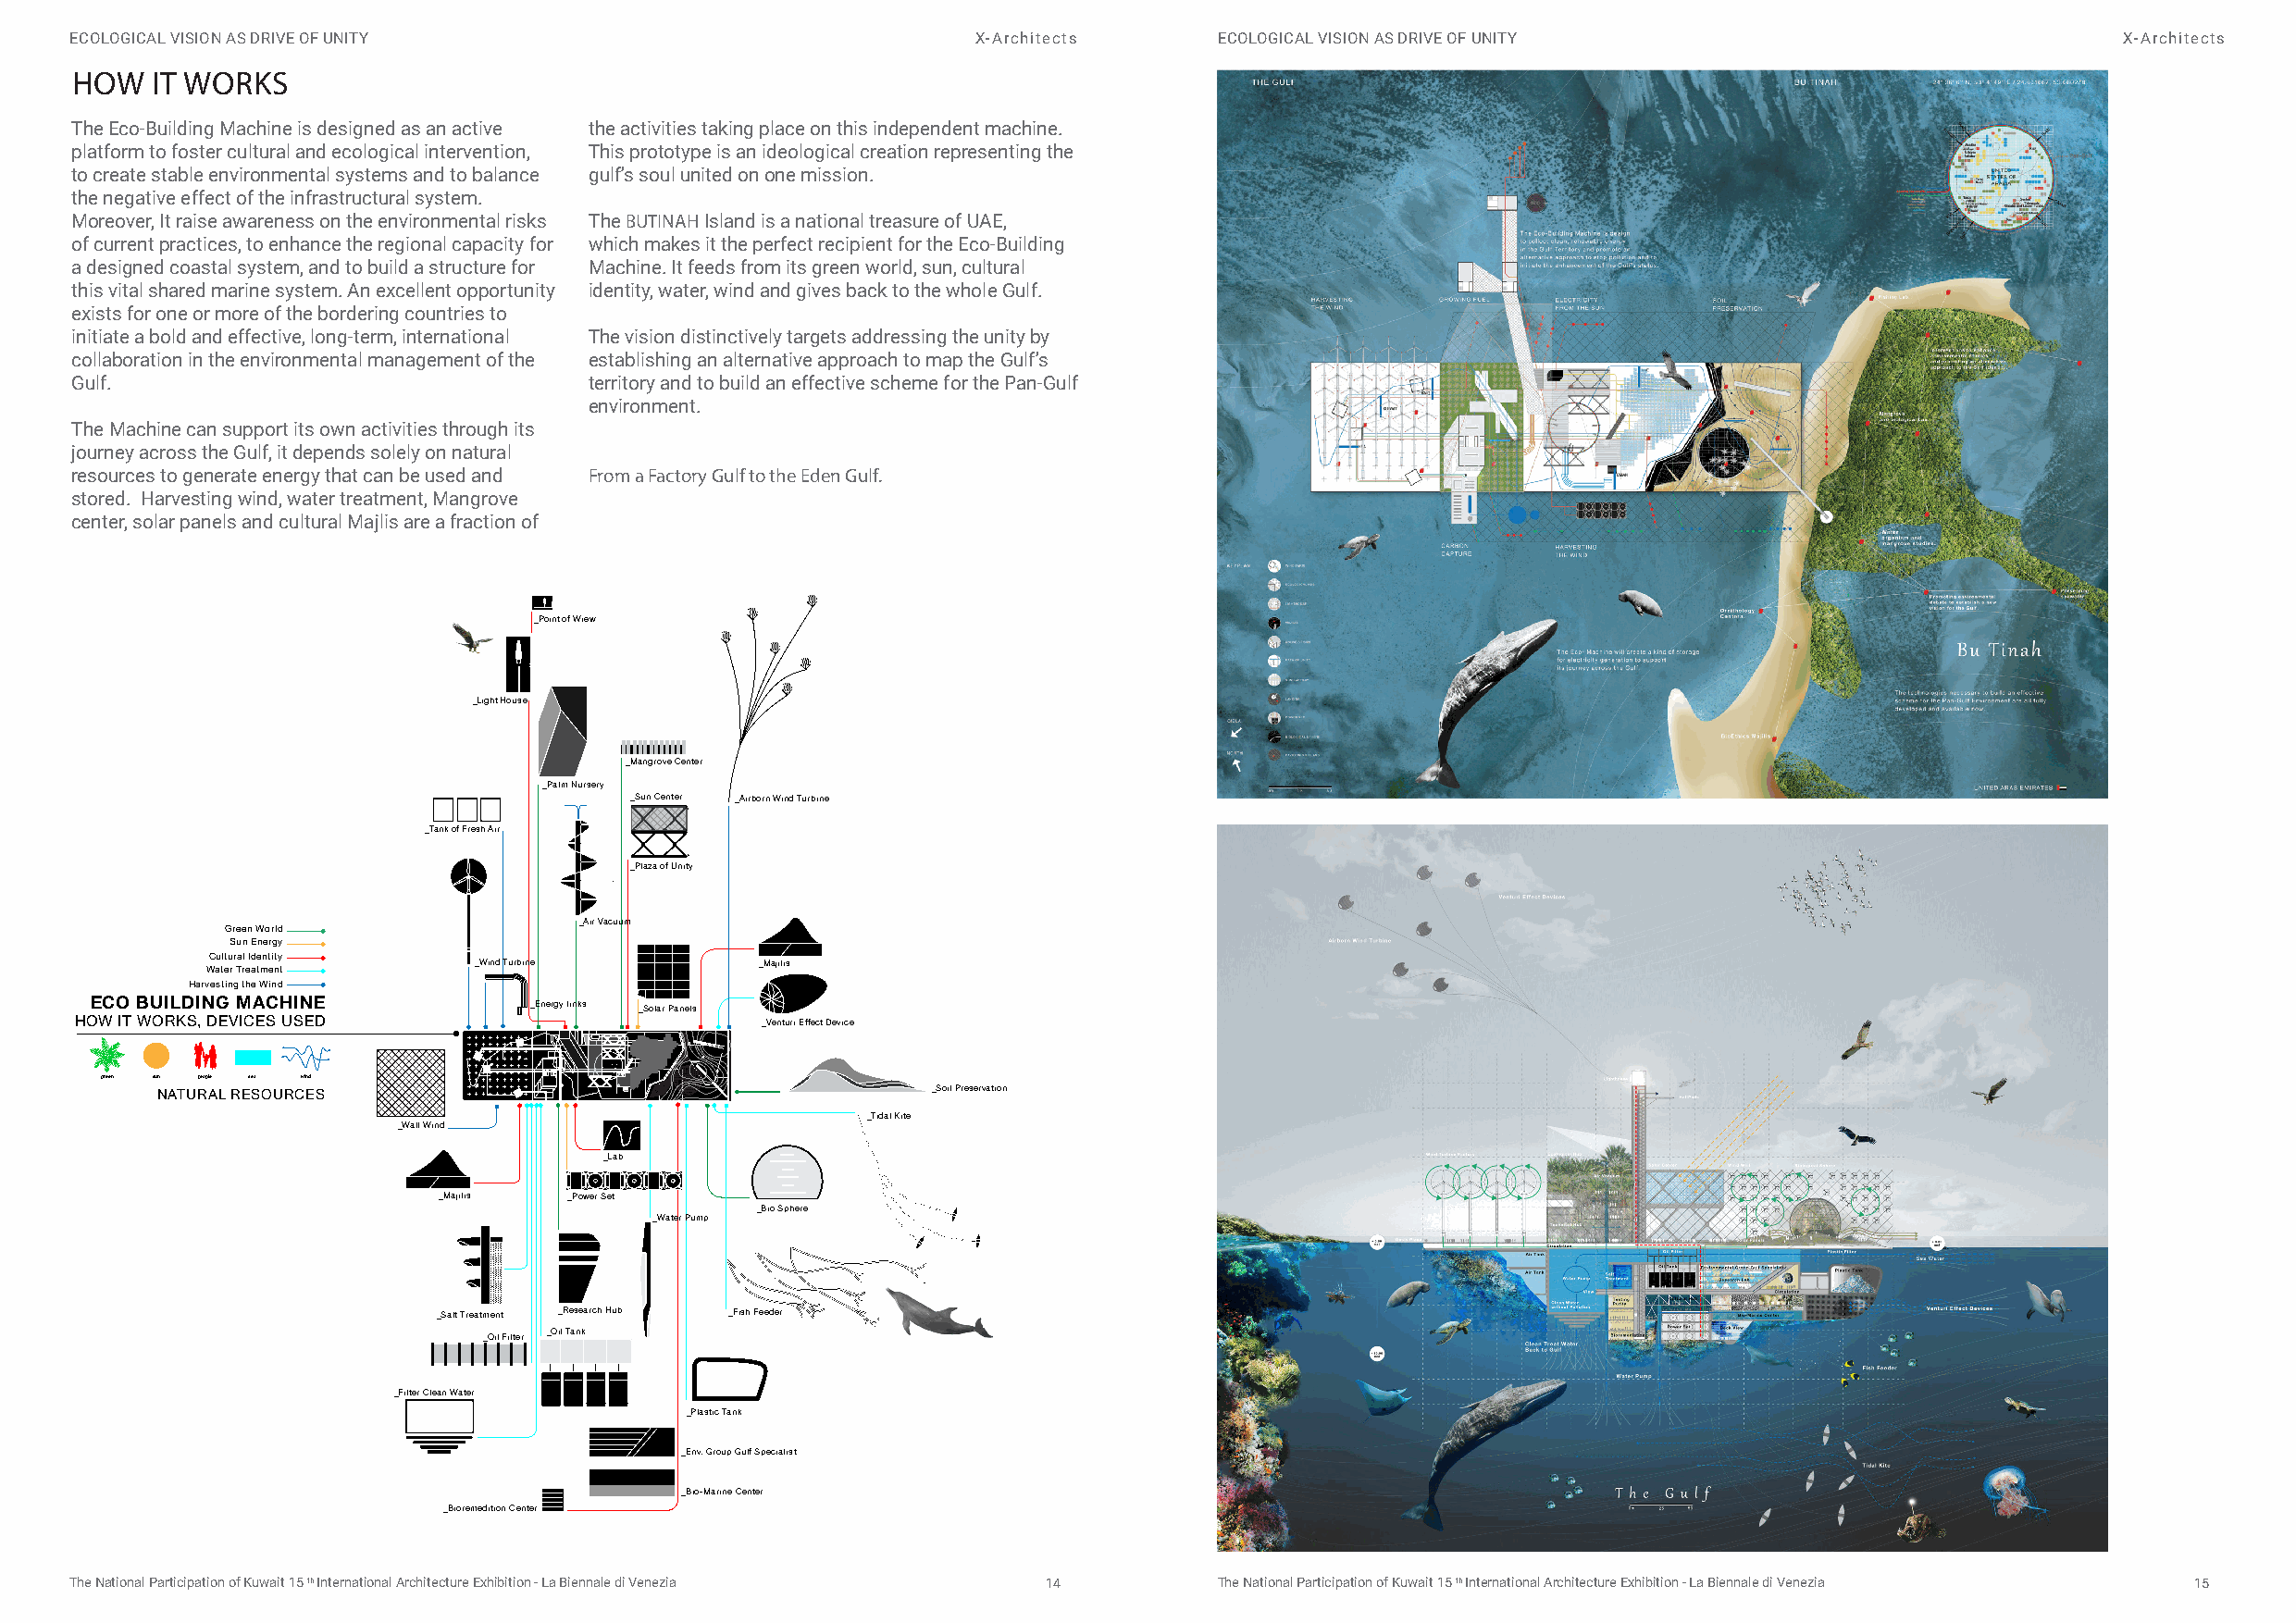
ECOLOGICAL VISION AS DRIVE OF UNITY                              X-Architects     ECOLOGICAL VISION AS DRIVE OF UNITY                              X-Architects
 HOW   IT WORKS
 The Eco-Building Machine is designed as an active the activities taking place on this independent machine.
 platform to foster cultural and ecological intervention, This prototype is an ideological creation representing the
 to create stable environmental systems and to balance gulf’s soul united on one mission.
 the negative effect of the infrastructural system.
 Moreover, It raise awareness on the environmental risks The BUTINAH Island is a national treasure of UAE,
 of current practices, to enhance the regional capacity for which makes it the perfect recipient for the Eco-Building
 a designed coastal system, and to build a structure for Machine. It feeds from its green world, sun, cultural
 this vital shared marine system. An excellent opportunity identity, water, wind and gives back to the whole Gulf.
 exists for one or more of the bordering countries to
 initiate a bold and effective, long-term, international The vision distinctively targets addressing the unity by
 collaboration in the environmental management of the establishing an alternative approach to map the Gulf’s
 Gulf.                                territory and to build an effective scheme for the Pan-Gulf
 environment.
 The Machine can support its own activities through its
 journey across the Gulf, it depends solely on natural
 resources to generate energy that can be used and From a Factory Gulf to the Eden Gulf.
 stored. Harvesting wind, water treatment, Mangrove
 center, solar panels and cultural Majlis are a fraction of
 _Point of Wiew
 _Light House
 _Mangrove Center
 _Palm Nursery
 _Sun Center _Airborn Wind Turbine
 _Tank of Fresh Air
 _Plaza of Unity
 _Air Vacuum
 Green World
 Sun Energy
 Cultural Identity
 _Wind Turbine       _Majilis
 Water Treatment
 Harvesting the Wind
 ECO BUILDING MACHINE            _Energy links _Solar Panels
 HOW IT WORKS, DEVICES USED                       _Venturi Effect Device
 UAE
 IRAQ
 green sun people sea wind   KSA
 KUWAIT
 IRAN
 KUIRWAQAIT
 KSABAHRAINQATARIRAN
 OUMAEAN QATAR
 BAHRAIN
 NATURAL RESOURCES                 OMAN                  _Soil Preservation
 _Tidal Kite
 _Wall Wind
 _Lab
 _Majilis  _Power Set
 _Bio Sphere
 _Water Pump
 _Salt Treatment _Research Hub _Fish Feeder
 _Oil Filter _Oil Tank
 _Filter Clean Water
 _Plastic Tank
 _Env. Group Gulf Specialist
 _Bio-Marine Center
 _Bioremedition Center
 The National Participation of Kuwait 15 th International Architecture Exhibition - La Biennale di Venezia 14 The National Participation of Kuwait 15 th International Architecture Exhibition - La Biennale di Venezia 15